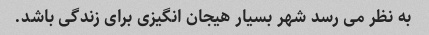
به نظر می رسد شهر بسیار هیجان انگیزی برای زندگی باشد.